Elephants and their diseases
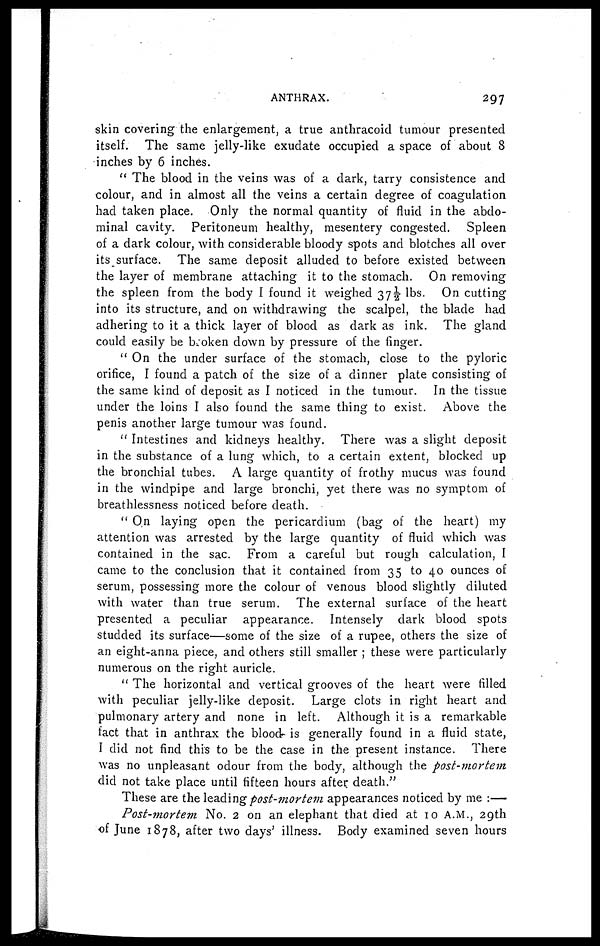
ANTHRAX.
297
skin covering the enlargement, a true anthracoid tumour presented
itself. The same jelly-like exudate occupied a space of about 8
inches by 6 inches.
" The blood in the veins was of a dark, tarry consistence and
colour, and in almost all the veins a certain degree of coagulation
had taken place. Only the normal quantity of fluid in the abdo-
minal cavity. Peritoneum healthy, mesentery congested. Spleen
of a dark colour, with considerable bloody spots and blotches all over
its surface. The same deposit alluded to before existed between
the layer of membrane attaching it to the stomach. On removing
the spleen from the body I found it weighed 37½ lbs. On cutting
into its structure, and on withdrawing the scalpel, the blade had
adhering to it a thick layer of blood as dark as ink. The gland
could easily be broken down by pressure of the linger.
"On the under surface of the stomach, close to the pyloric
orifice, I found a patch of the size of a dinner plate consisting of
the same kind of deposit as I noticed in the tumour. In the tissue
under the loins I also found the same thing to exist. Above the
penis another large tumour was found.
" Intestines and kidneys healthy. There was a slight deposit
in the substance of a lung which, to a certain extent, blocked up
the bronchial tubes. A large quantity of frothy mucus was found
in the windpipe and large bronchi, yet there was no symptom of
breathlessness noticed before death.
" On laying open the pericardium (bag of the heart) my
attention was arrested by the large quantity of fluid which was
contained in the sac. From a careful but rough calculation, I
came to the conclusion that it contained from 35 to 40 ounces of
serum, possessing more the colour of venous blood slightly diluted
with water than true serum. The external surface of the heart
presented a peculiar appearance. Intensely dark blood spots
studded its surface—some of the size of a rupee, others the size of
an eight-anna piece, and others still smaller ; these were particularly
numerous on the right auricle.
" The horizontal and vertical grooves of the heart were filled
with peculiar jelly-like deposit. Large clots in right heart and
pulmonary artery and none in left. Although it is a remarkable
fact that in anthrax the blood is generally found in a fluid state,
I did not find this to be the case in the present instance. There
was no unpleasant odour from the body, although the post-mortem
did not take place until fifteen hours after death."
These are the leading post-mortem appearances noticed by me :—
Post-mortem No. 2 on an elephant that died at 10 A.M., 29th
of June 1878, after two days' illness. Body examined seven hours